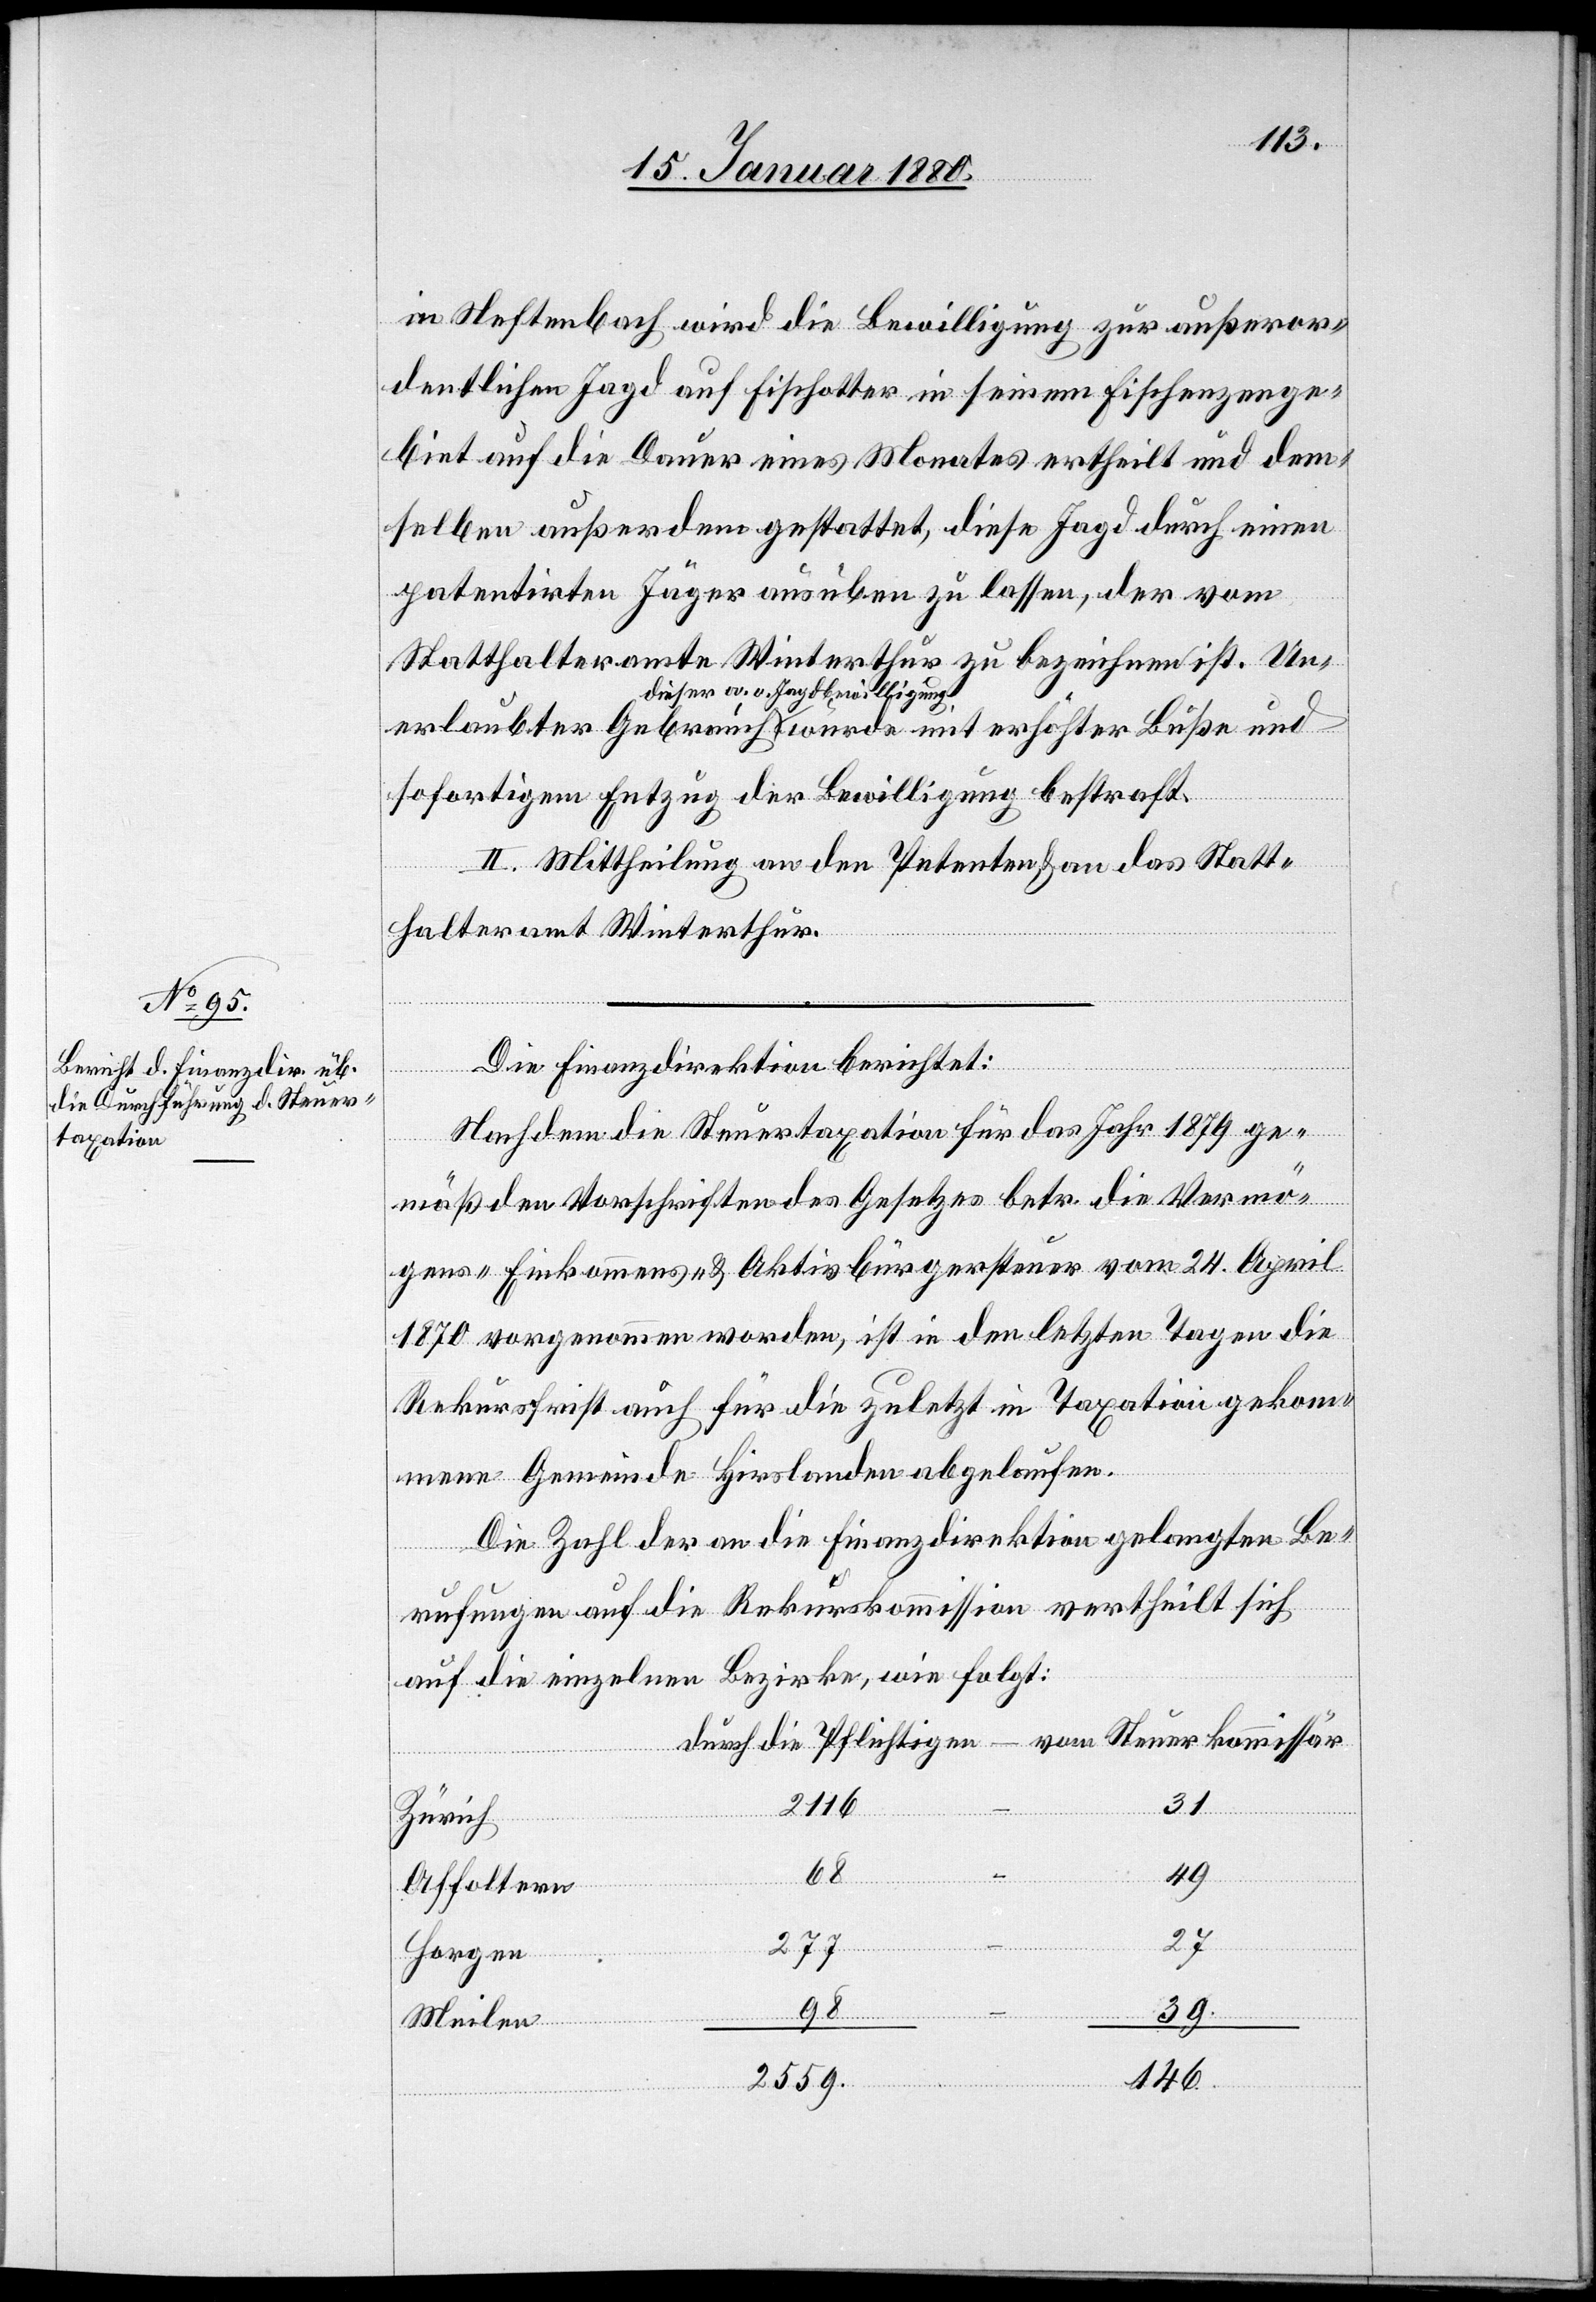
in Neftenbach wird die Bewilligung zur außeror¬
dentlichen Jagd auf Fischotter in seinem Fischenzenge¬
biet auf die Dauer eines Monates ertheilt und dem¬
selben außerdem gestattet, diese Jagd durch einen
patentirten Jäger ausüben zu lassen, der vom
Statthalteramte Winterthur zu bezeichnen ist. Un¬
ieser a. o. Jagdbewilligung-a
sofortigem Entzug der Bewilligung bestraft.
II. Mittheilung an den Petenten & an das Statt¬
halteramt Winterthur.
Die Finanzdirektion berichtet:
Nachdem die Steuertaxation für das Jahr 1879 ge¬
mäß den Vorschriften des Gesetzes betr. die Vermö¬
gens-[,] Einkommens- & Aktivbürgersteuer vom 24. April
1870 vorgenommen worden, ist in den letzten Tagen die
Rekursfrist auch für die zuletzt in Taxation gekom¬
vom
mene Gemeinde Hirslanden abgelaufen.
Die Zahl der an die Finanzdirektion gelangten Be¬
rufungen auf die Rekurskommission vertheilt sich
auf die einzelnen Bezirke, wie folgt:
31
2116
–
Zürich
68
erlaubter
49
Affoltern
27
Horgen
Steuerkommissär
–
98
Meilen
2559
146